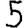
Digit: 5